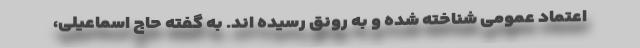
اعتماد عمومی شناخته شده و به رونق رسیده اند. به گفته حاج اسماعیلی،